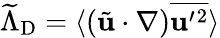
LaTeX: \widetilde{\Lambda}_{\mathrm{{D}}}=\langle{(\tilde{\mathbf{u}}\cdot\nabla)\overline{{{\mathbf{u}}^{\prime}{}^{2}}}}\rangle